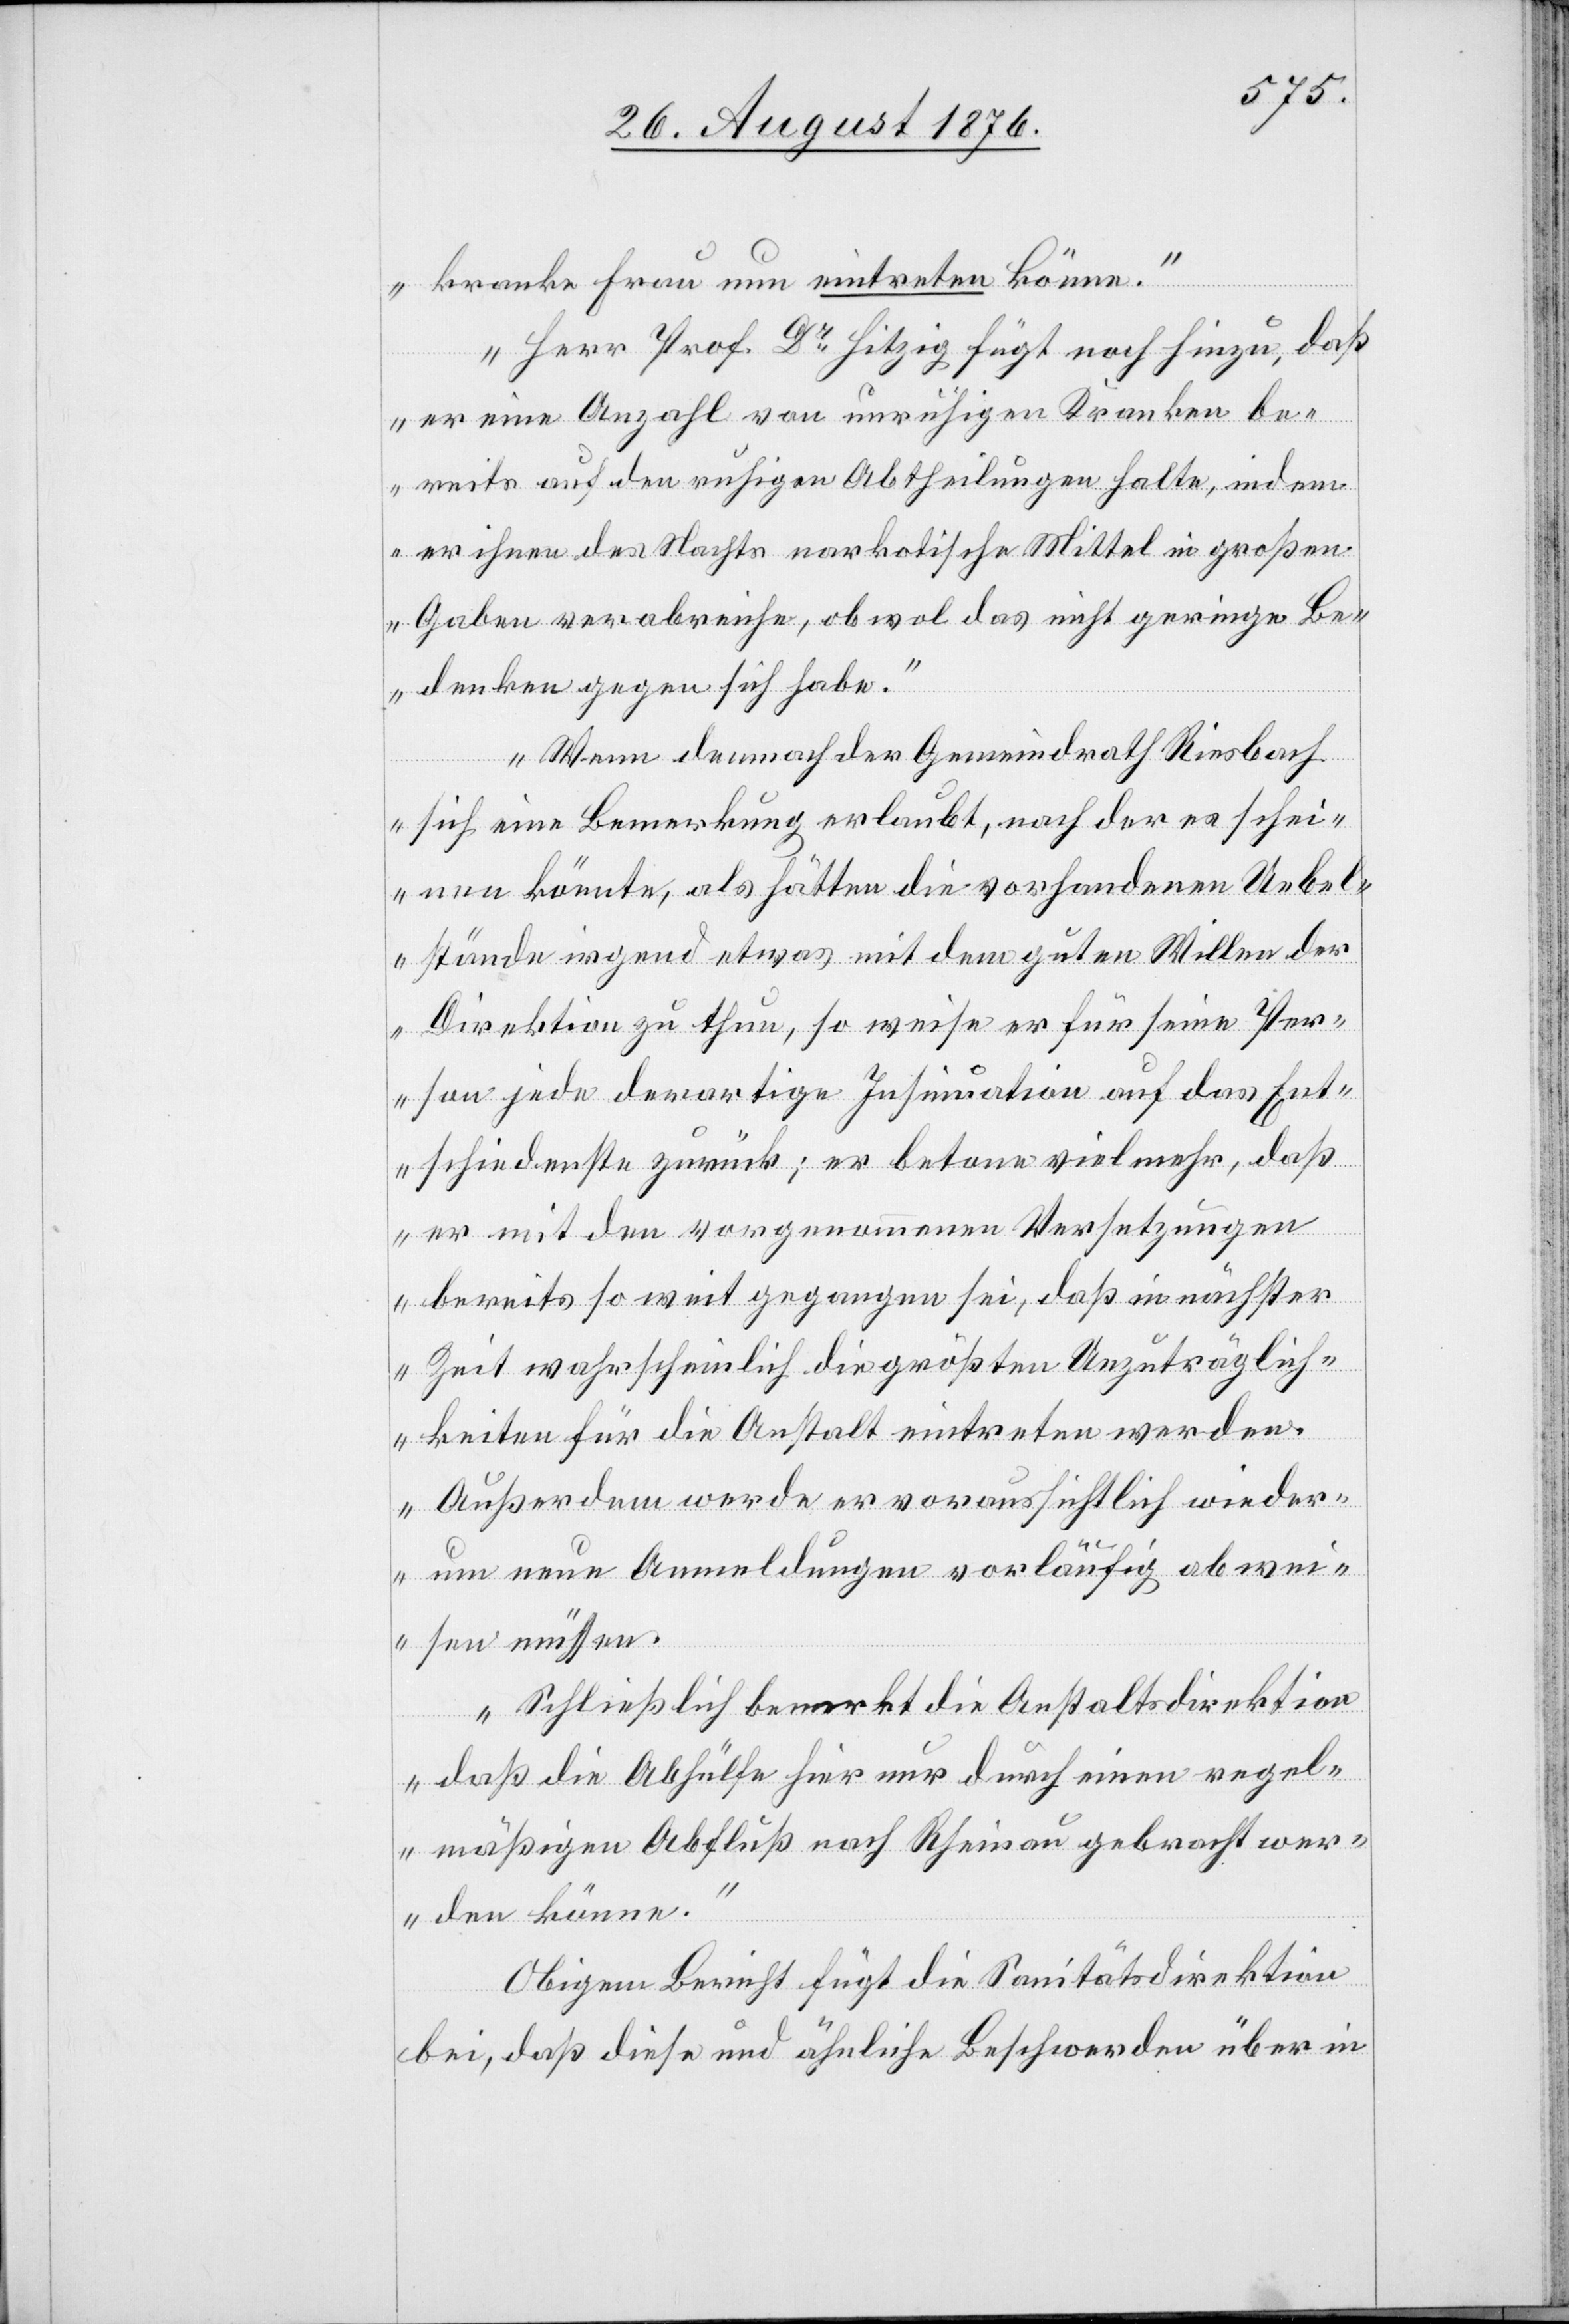
kranke Frau nun eintreten könne.
Herr Prof. Dr Hitzig fügt noch hinzu, daß
er eine Anzahl von unruhigen Kranken be¬
in
reits auf den ruhigen Abtheilungen halte, indem
er ihnen des Nachts narkotische Mittel in großen
Gaben verabreiche, ob wol das nicht geringe Be¬
denken gegen sich habe.
Wenn demnach der Gemeindrath Riesbach
sich eine Bemerkung erlaubt, nach der es schei¬
nen könnte, als hätten die vorhandenen Uebel¬
stände irgend etwas mit dem guten Willen der
Direktion zu thun, so weise er für seine Per¬
son jede derartige Insinuation auf das Ent¬
schiedenste zurück; er betone vielmehr, daß
er mit den vorgenommenen Versetzungen
bereits so weit gegangen sei, daß in nächster
Zeit wahrscheinlich die größten Unzuträglich¬
keiten für die Anstalt eintreten werden.
Außerdem werde er voraussichtlich wieder¬
um neue Anmeldungen vorläufig abwei¬
sen müssen.
Schließlich bemerkt die Anstaltsdirektion
daß die Abhülfe hier nur durch einen regel¬
mäßigen Abfluß nach Rheinau gebracht wer¬
den könne“.
Obigem Bericht fügt die Sanitätsdirektion
bei, daß diese und ähnliche Beschwerden über